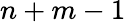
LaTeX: n+m-1